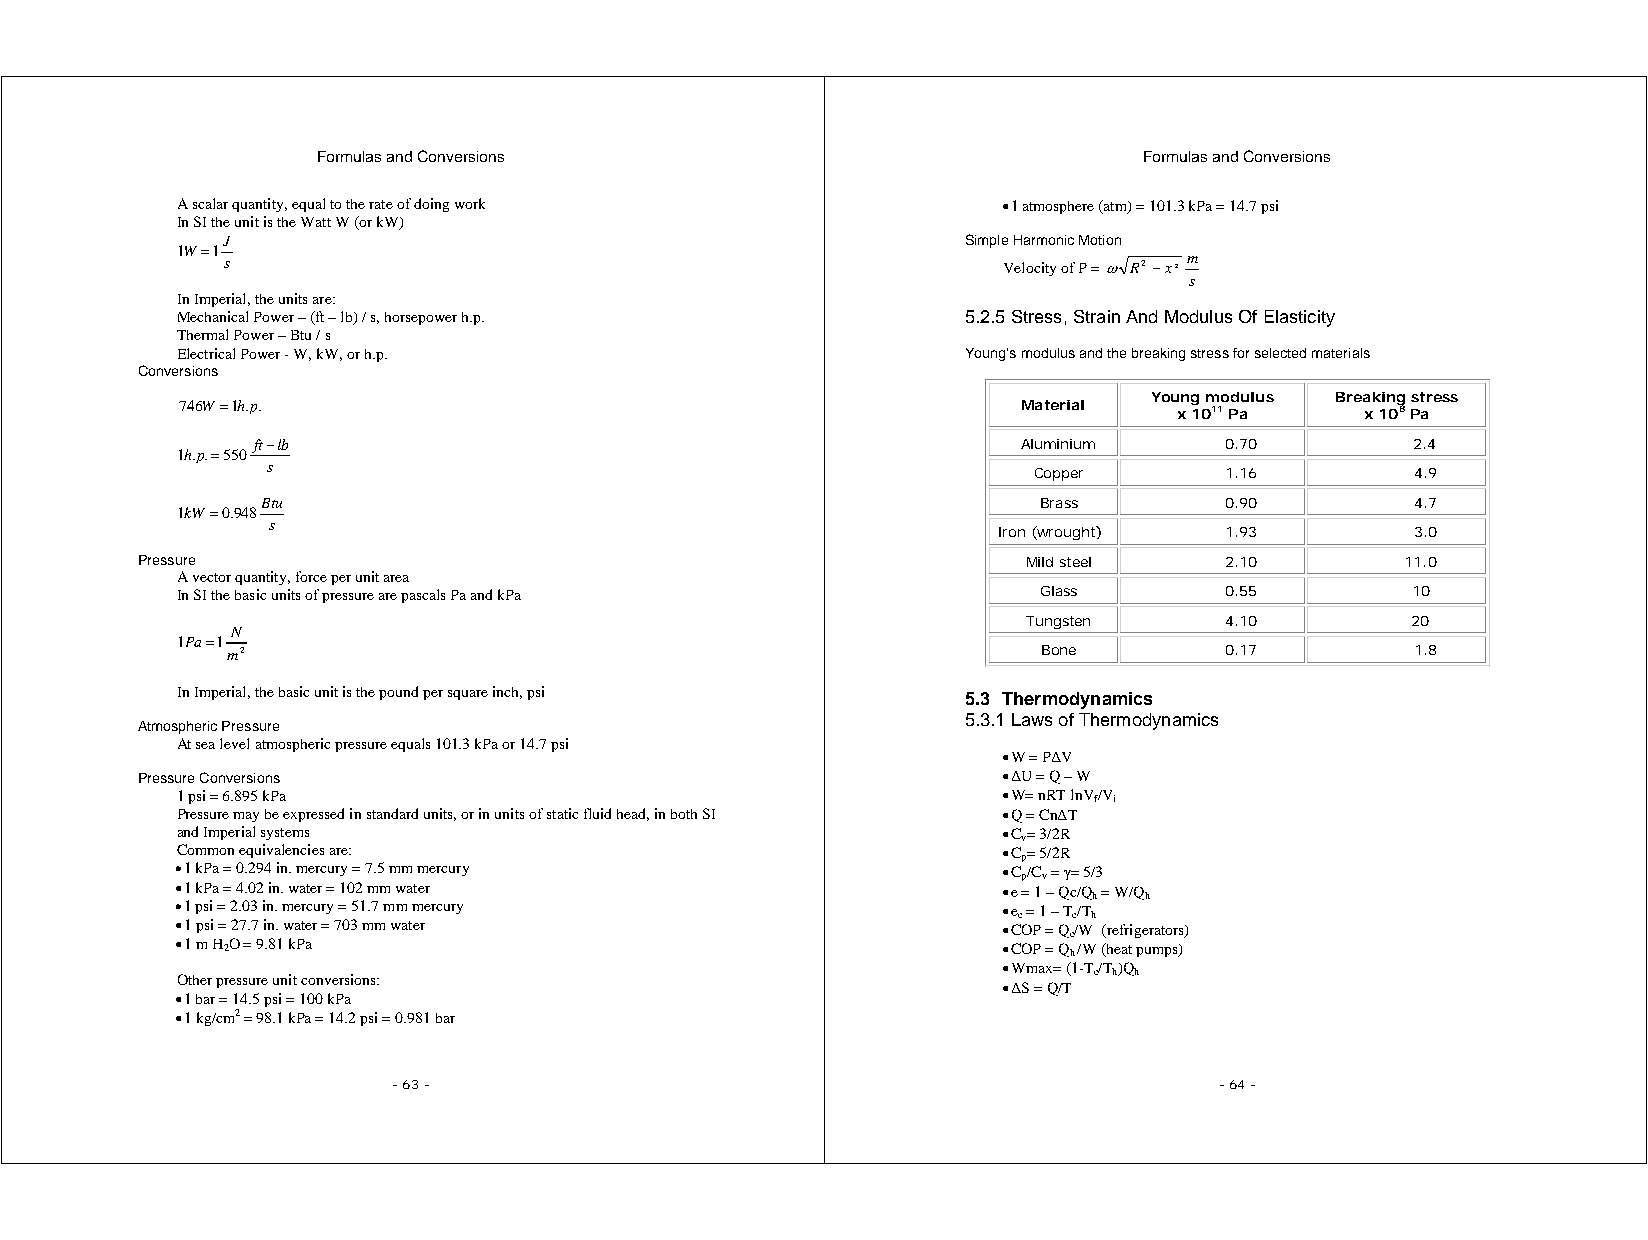
Formulas and Conversions                               Formulas and Conversions
 A scalar quantity, equal to the rate of doing work    • 1 atmosphere (atm) = 101.3 kPa = 14.7 psi
 In SI the unit is the Watt W (or kW)
 J                                                Simple Harmonic Motion
 1W=1
 s                                                  Velocity of P = ω R2−x2 m
 s
 In Imperial, the units are:
 Mechanical Power – (ft – lb) / s, horsepower h.p.   5.2.5 Stress, Strain And Modulus Of Elasticity
 Thermal Power – Btu / s
 Electrical Power - W, kW, or h.p.                   Young’s modulus and the breaking stress for selected materials
 Conversions
 Young modulus Breaking stress
 746W=1h.p.                                              Material  x 1011 Pa   x 108 Pa
 ft−lb                                              Aluminium    0.70         2.4
 1h.p.=550
 s
 Copper       1.16         4.9
 Btu                                                 Brass       0.90         4.7
 1kW=0.948
 s
 Iron (wrought) 1.93         3.0
 Pressure                                                   Mild steel   2.10        11.0
 A vector quantity, force per unit area
 In SI the basic units of pressure are pascals Pa and kPa Glass       0.55        10
 Tungsten     4.10        20
 N
 1Pa=1
 m2                                                    Bone        0.17         1.8
 In Imperial, the basic unit is the pound per square inch, psi 5.3 Thermodynamics
 5.3.1 Laws of Thermodynamics
 Atmospheric Pressure
 At sea level atmospheric pressure equals 101.3 kPa or 14.7 psi
 • W = P∆V
 Pressure Conversions                                     • ∆U = Q – W
 1 psi = 6.895 kPa                                     • W= nRT lnVf/Vi
 Pressure may be expressed in standard units, or in units of static fluid head, in both SI • Q = Cn∆T
 and Imperial systems                                  • Cv= 3/2R
 Common equivalencies are:                             • Cp= 5/2R
 • 1 kPa = 0.294 in. mercury = 7.5 mm mercury          • Cp/Cv = γ= 5/3
 • 1 kPa = 4.02 in. water = 102 mm water               • e = 1 – Qc/Qh = W/Qh
 • 1 psi = 2.03 in. mercury = 51.7 mm mercury          • ec = 1 – Tc/Th
 • 1 psi = 27.7 in. water = 703 mm water               • COP = Qc/W (refrigerators)
 • 1 m H2O = 9.81 kPa                                  • COP = Qh /W (heat pumps)
 Other pressure unit conversions:
 • Wmax= (1-Tc/Th)Qh
 • ∆S = Q/T
 • 1 bar = 14.5 psi = 100 kPa
 • 1 kg/cm2 = 98.1 kPa = 14.2 psi = 0.981 bar
 - 63 -                                                 - 64 -